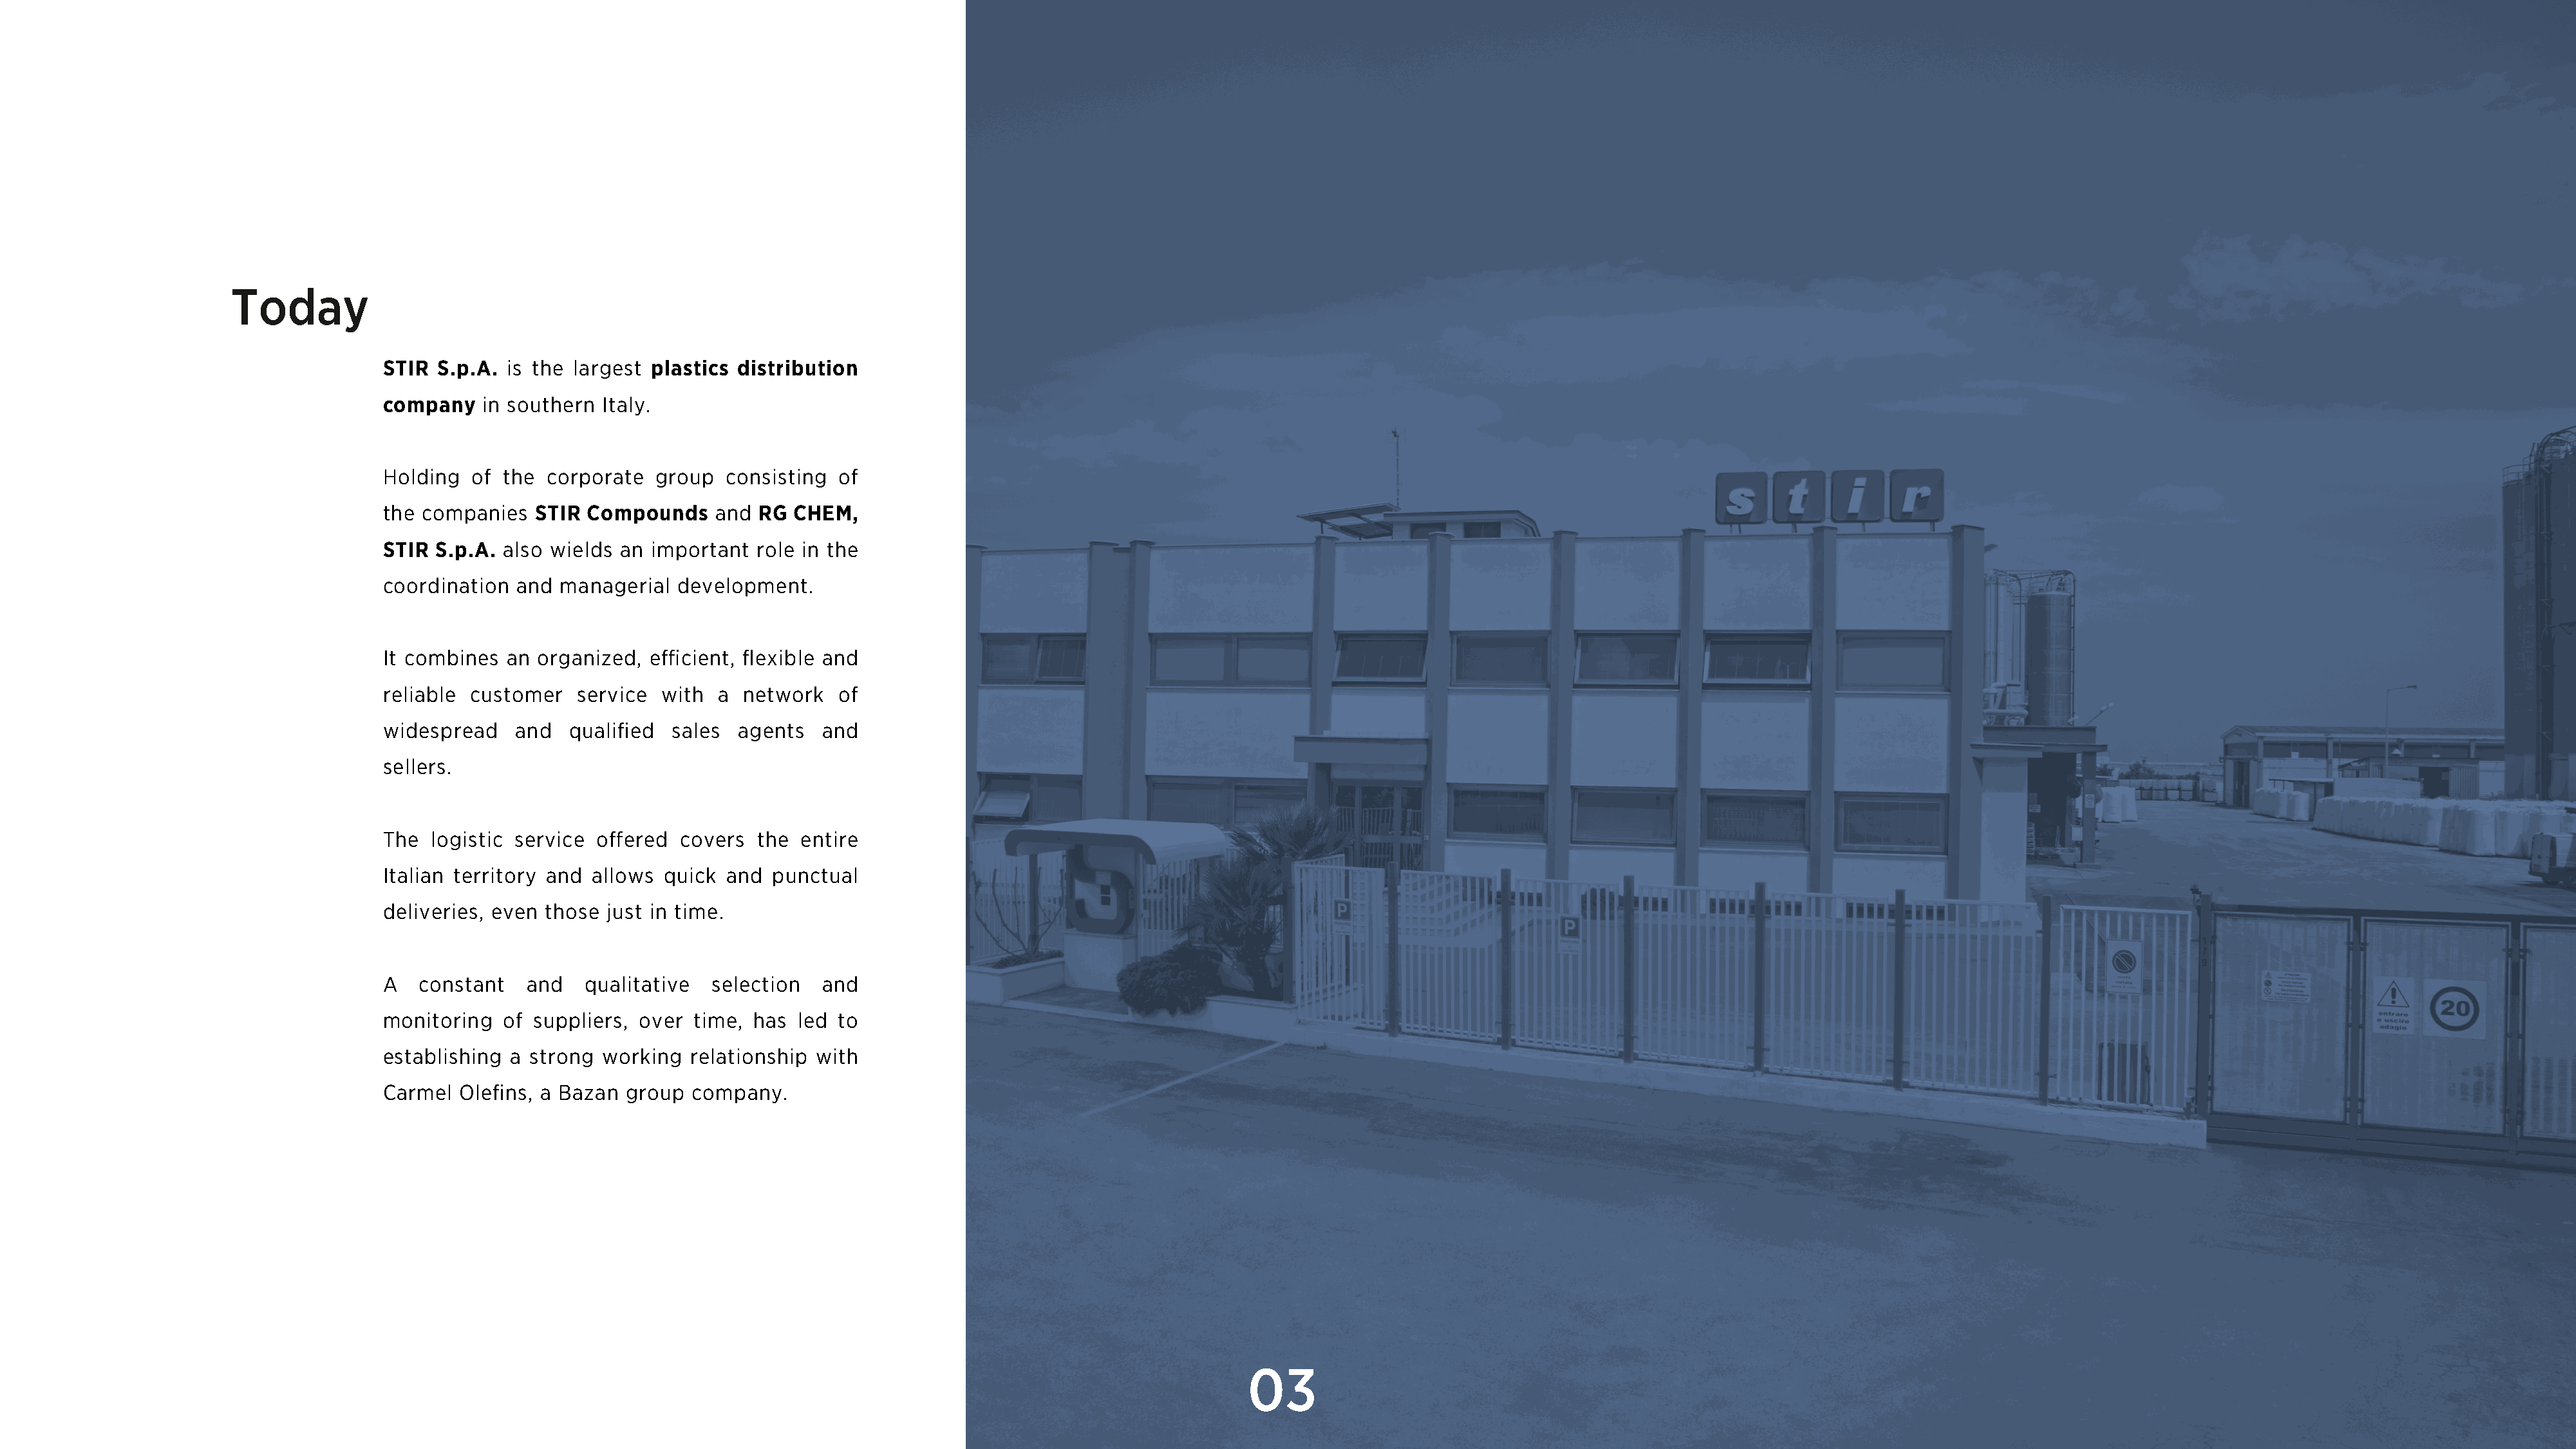
Today
 STIR  S.p.A. is the largest plastics distribution
 company    in southern Italy.
 Holding  of  the corporate  group   consisting of
 the companies   STIR Compounds    and  RG CHEM,
 STIR  S.p.A. also wields an important  role in the
 coordination  and  managerial  development.
 It combines  an organized,  efficient, flexible and
 reliable customer   service  with  a network   of
 widespread    and   qualified sales  agents   and
 sellers.
 The  logistic service offered  covers  the entire
 Italian territory and allows quick  and punctual
 deliveries, even those just in time.
 A   constant   and   qualitative  selection   and
 monitoring   of suppliers, over time, has  led to
 establishing a strong  working  relationship with
 Carmel  Olefins, a Bazan group  company.
 03